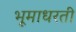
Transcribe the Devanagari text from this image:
भूमाधरती